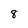
Character: 8